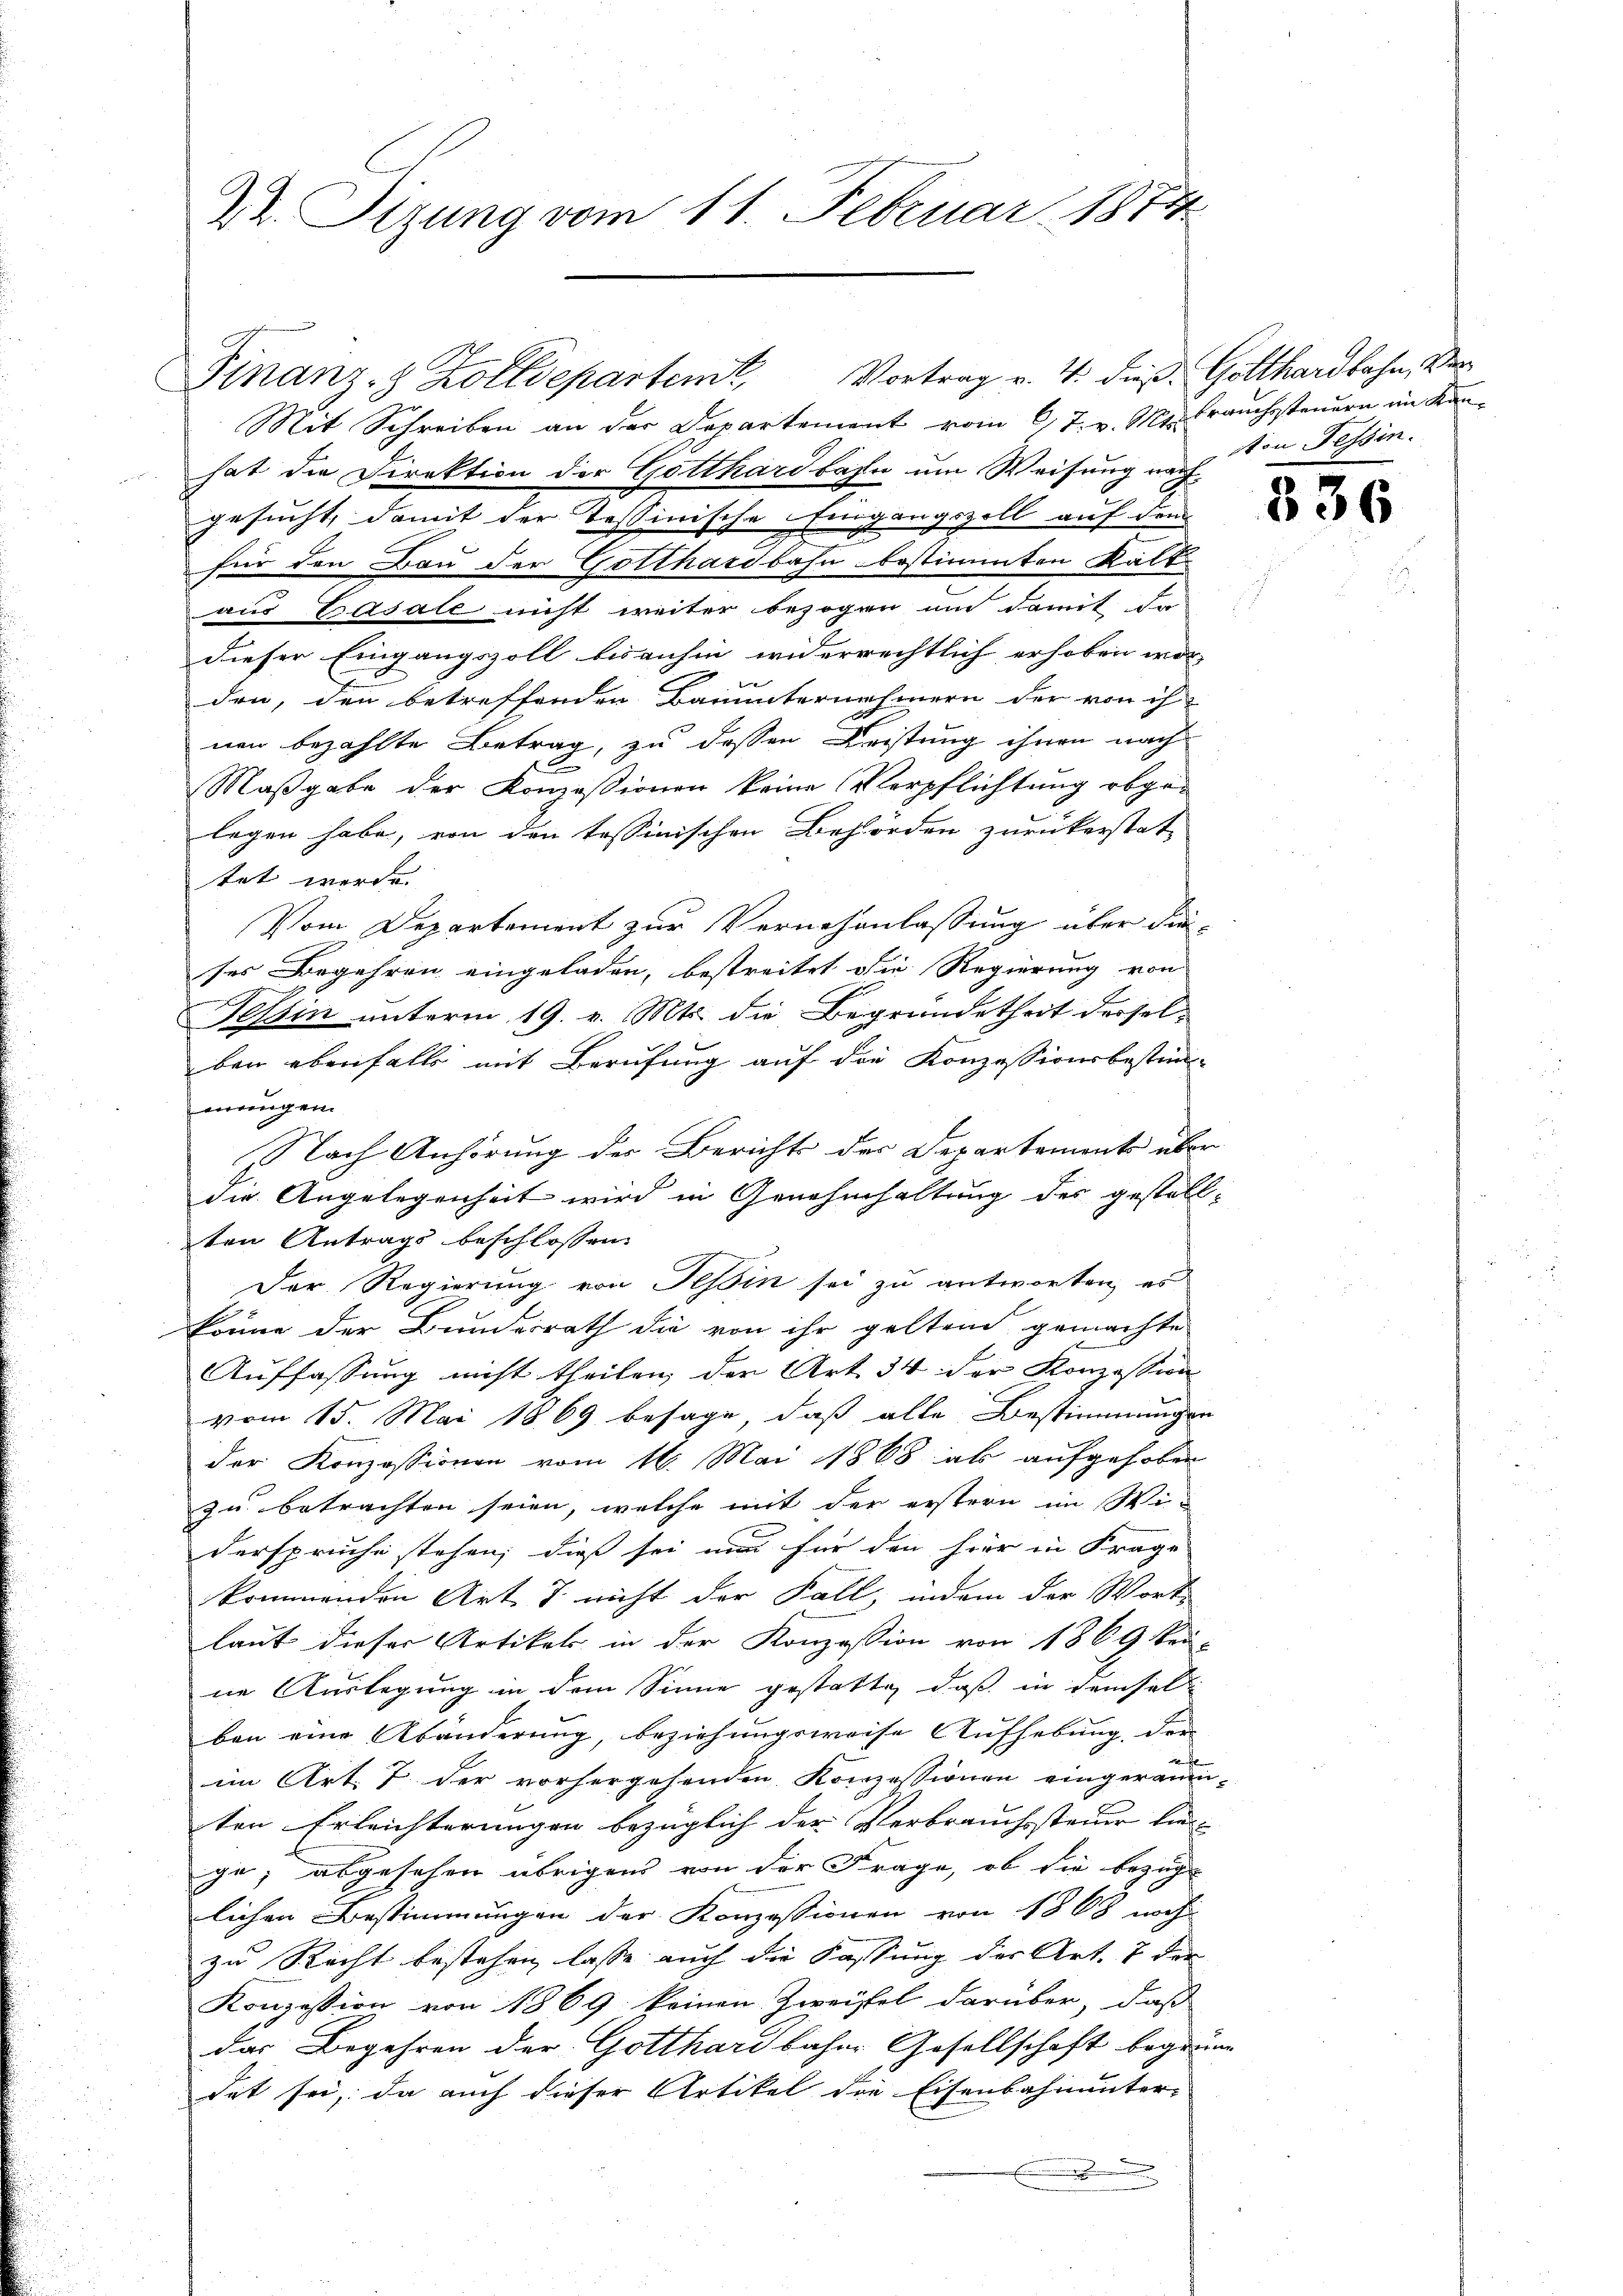
Dr. Sizung vom 11. Februar 1874

Finanz-Z Zolldepartem Vortrag v. 4. dieß Gotthardbahn, Ver
Mit Schreiben an der Departement vom 6. 7. v. Mts. brauchssteuern im Kanhat die Direktion der Gotthardbahn um Weisung von Tessin.
gesucht, damit der Tessinische Eingangszoll auf dem
für den Bau der Gotthardbahn bestimmten Kält
aus Basale nicht weiter bezogen um damit da
dieser Eingangszoll bisanhin widerrechtlich erhoben wor-
den, den betreffenden Bauunternehmern der von ih
nen bezahlte Betrag, zu dessen Leistung ihnen nach
Maßgabe der Konzessionen keine Verpflichtung abgelegen habe, von den tessinischen Behörden zurückerstat-
tet werde.
Vom Departement zur Vornehmlassung über dieses Begehren eingeladen, bestreitet die Regierung von
Tessin unterm 19. v. Mts. die Begründetheit derselben ebenfalls mit Berufung auf die Konzessionsbestimawangen.
Nach Anhörung der Berichts der Departemente über
die Angelegenheit wird in Genehmhaltung der gestellten Antrags beschlossen:
Der Regierung von Tessin sei zu antworten, es
könne der Bundesrath die von ihr geltend gemachte
Auffassung nicht theilen, der Art. 34 der Konzession
vom 15. Mai 1869 besage, daß alle Bestimmungen
der Konzessionen vom 16. Mai 1868 als aufgehoben
zu betrachten seien, welche mit der erstern im Widerspruche stehen; dieß sei nur für den hier in Frage
kommenden Art. 7 nicht der Fall, indem der Wort-
laut dieser Artikels in der Konzession von 1869 keine Auslegung in dem Sinne gestatte, daß in demsel
ben eine Abänderung, beziehungsweise Aufhebung, den

im Art. 7 der vorhergehenden Konzessionen eingeräumten Erleichterungen bezüglich der Verbrauchssteuer hier- |
ge; abgesehen übrigen von der Frage, ob die bezüg
lichen Bestimmungen der Konzessionen von 1868 noch
zu Recht bestehen lasse auch die Fassung der Art. 7 der |
Konzession von 1869 keinen Zweifel darüber, daß
das Begehren der Gotthardbahne Gesellschaft begründ
det sei, da auch dieser Artikel die Eisenbahnunter-
E

336